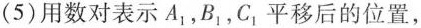
(5)用数对表示A_{1}，B_{1}，C_{1}，平移后的位置，